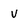
Character: v